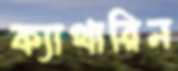
ক্যাথারিন